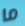
ما